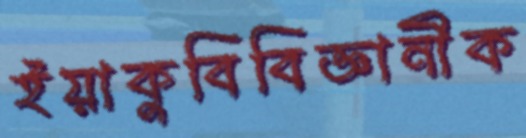
ইয়াকুবিবিজ্ঞানীক